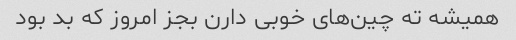
همیشه ته چین‌های خوبی دارن بجز امروز که بد بود